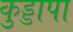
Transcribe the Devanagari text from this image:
कुड्डापा